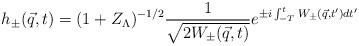
LaTeX: \begin{align*}h_{\pm}({\vec q},t) = (1+Z_{\Lambda})^{-1/2} \frac{1}{\sqrt{2 W_{\pm}({\vec q},t)}} e^{\pm i \int_{-T}^{t} W_{\pm}({\vec q},t') dt'}\end{align*}